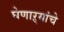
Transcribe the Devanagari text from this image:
घेणाऱ्यांचे